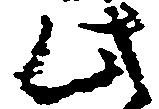
此